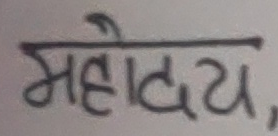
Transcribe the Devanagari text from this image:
महोदय